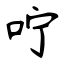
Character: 咛